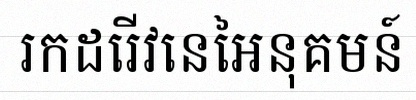
រកដេរីវេនៃអនុគមន៍